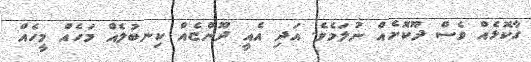
ގާކޮޅެއް ވެސް ދޫކޮށެއް ނުލަމެވެ. އަދި އެއީ ދޫންޏެއް ކިނބުލެއް މަހެއް މީހެއް